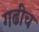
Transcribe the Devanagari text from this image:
गढीच